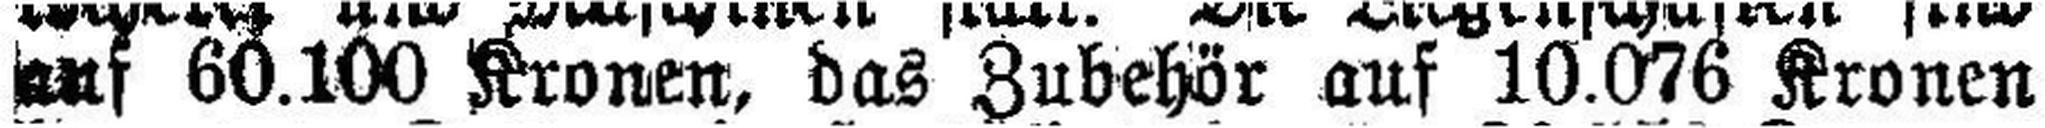
auf 60.100 Kronen, das Zubehör auf 10.076 Kronen